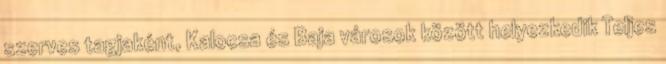
szerves tagjaként, Kalocsa és Baja városok között helyezkedik Teljes